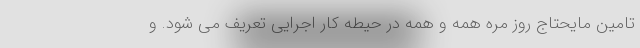
تامین مایحتاج روز مره همه و همه در حیطه کار اجرایی تعریف می شود. و